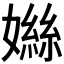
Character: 𪦤